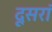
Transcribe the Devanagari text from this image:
दूसरां